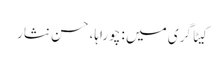
کیٹاگری میں : چوراہا، حسن نثار